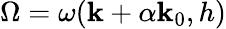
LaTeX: \Omega=\omega(\mathbf{k}+\alpha\mathbf{k}_{0},h)